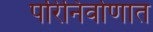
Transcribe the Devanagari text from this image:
परिनिर्वाणात